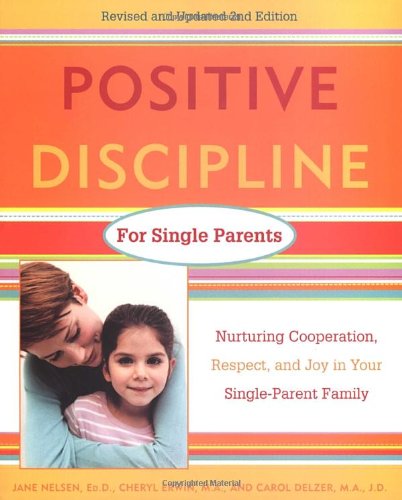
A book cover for Positive Discipline for Single Parents : Nurturing, Cooperation, Respect and Joy in Your Single-Parent Family; Jane Nelsen Ed.D.; Parenting & Relationships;